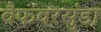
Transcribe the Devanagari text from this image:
वैफवरसुंडा